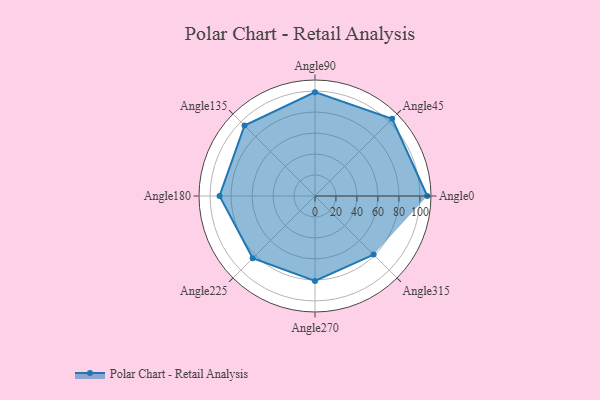
{"axis": {"x": "Angle", "y": "Radius"}, "legend": [""], "data": [{"x": "Angle0", "y": 107.0, "type": ""}, {"x": "Angle45", "y": 104.0, "type": ""}, {"x": "Angle90", "y": 99.0, "type": ""}, {"x": "Angle135", "y": 95.0, "type": ""}, {"x": "Angle180", "y": 91.0, "type": ""}, {"x": "Angle225", "y": 84.0, "type": ""}, {"x": "Angle270", "y": 81.0, "type": ""}, {"x": "Angle315", "y": 79.0, "type": ""}]}